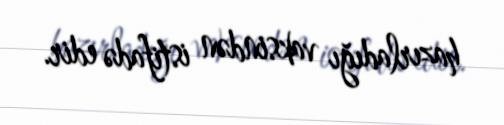
hazırladığı vaksindən istifadə edir.